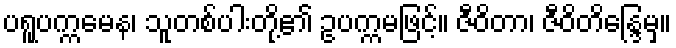
ပရူပက္ကမေန၊ သူတစ်ပါးတို့၏ ဥပက္ကမဖြင့်။ ဇီဝိတာ၊ ဇီဝိတိန္ဒြေမှ။